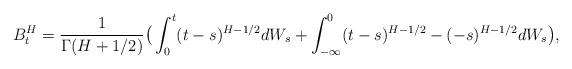
LaTeX: \begin{align*}B^H_t=\frac{1}{\Gamma(H+1/2)}\big(\int_0^t(t-s)^{H-1/2}dW_s+ \int_{-\infty}^0(t-s)^{H-1/2}-(-s)^{H-1/2}dW_s\big),\end{align*}